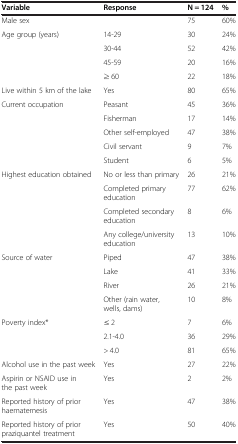
<table><thead><tr><td><b>Variable</b></td><td><b>Response</b></td><td><b>N = 124</b></td><td><b>%</b></td></tr></thead><tbody><tr><td>Male sex</td><td> </td><td>75</td><td>60%</td></tr><tr><td rowspan="4">Age group (years)</td><td>14-29</td><td>30</td><td>24%</td></tr><tr><td>30-44</td><td>52</td><td>42%</td></tr><tr><td>45-59</td><td>20</td><td>16%</td></tr><tr><td>≥ 60</td><td>22</td><td>18%</td></tr><tr><td>Live within 5 km of the lake</td><td>Yes</td><td>80</td><td>65%</td></tr><tr><td rowspan="5">Current occupation</td><td>Peasant</td><td>45</td><td>36%</td></tr><tr><td>Fisherman</td><td>17</td><td>14%</td></tr><tr><td>Other self-employed</td><td>47</td><td>38%</td></tr><tr><td>Civil servant</td><td>9</td><td>7%</td></tr><tr><td>Student</td><td>6</td><td>5%</td></tr><tr><td rowspan="4">Highest education obtained</td><td>No or less than primary</td><td>26</td><td>21%</td></tr><tr><td>Completed primary education</td><td>77</td><td>62%</td></tr><tr><td>Completed secondary education</td><td>8</td><td>6%</td></tr><tr><td>Any college/university education</td><td>13</td><td>10%</td></tr><tr><td rowspan="4">Source of water</td><td>Piped</td><td>47</td><td>38%</td></tr><tr><td>Lake</td><td>41</td><td>33%</td></tr><tr><td>River</td><td>26</td><td>21%</td></tr><tr><td>Other (rain water, wells, dams)</td><td>10</td><td>8%</td></tr><tr><td rowspan="3">Poverty index*</td><td>≤ 2</td><td>7</td><td>6%</td></tr><tr><td>2.1-4.0</td><td>36</td><td>29%</td></tr><tr><td>&gt; 4.0</td><td>81</td><td>65%</td></tr><tr><td>Alcohol use in the past week</td><td>Yes</td><td>27</td><td>22%</td></tr><tr><td>Aspirin or NSAID use in the past week</td><td>Yes</td><td>2</td><td>2%</td></tr><tr><td>Reported history of prior haematemesis</td><td>Yes</td><td>47</td><td>38%</td></tr><tr><td>Reported history of prior praziquantel treatment</td><td>Yes</td><td>50</td><td>40%</td></tr></tbody></table>